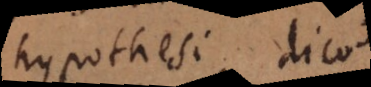
hypothesi, dico